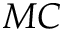
M C